Annual administration report of the Civil Veterinary Department of India - 1897-1898
Year: 1897
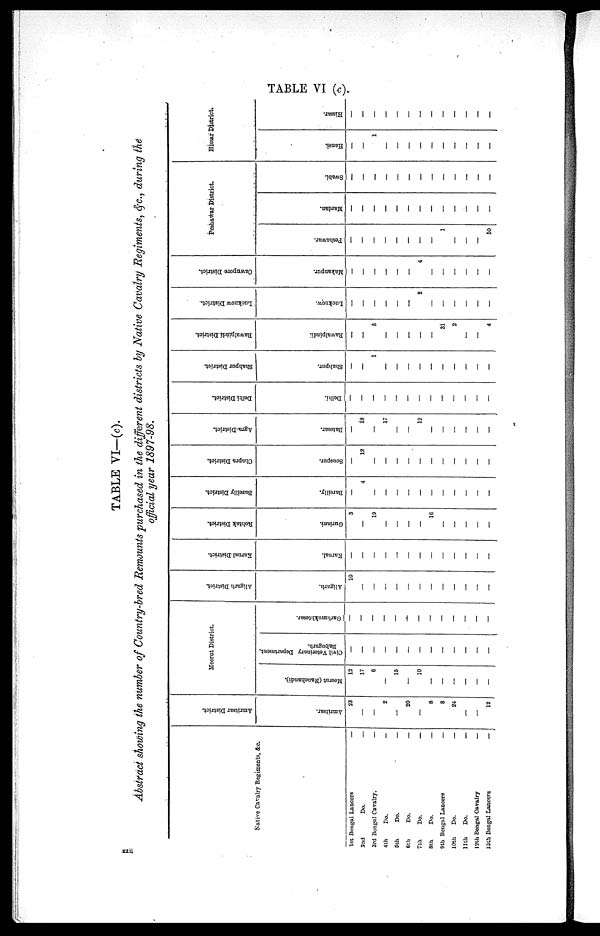
TABLE VI (c)
TABLE VI—(c).
Abstract showing the number of Country—bred Remounts purchased in the different districts by Native Cavalry Regiments, &c., during the
official year 1897—98.
Native Cavalry Regiments, &c.
1st Bengal Lancers
2nd
Do.
3rd Bengal Cavalry.
4th
Do.
5th
Do.
6th
Do.
7th
Do.
8th
Do.
9th Bengal Lancers
10th
Do.
11th
Do.
13th Bengal Cavalry
13th Bengal Lancers
—
—
—
—
—
—
—
—
—
—
—
—
—
Amritsar District.
Amritsar.
23
—
—
2
—
20
—
8
8
24
—
—
12
Meerut District.
Meerut (Nauchandi).
12
17
6
—
15
—
10
—
—
—
—
—
—
Civil Veterinary Department.
Babugarh.
—
—
—
—
—
—
—
—
—
—
—
—
—
Garhmukhtesar.
—
—
—
—
—
—
—
—
—
—
—
—
—
Aligarh District.
Aligarh.
10
—
—
—
—
—
—
—
—
—
—
—
—
Karnal District.
Karnal.
—
—
—
—
—
—
—
—
—
—
—
—
—
Rohtak District.
Guriani.
3
—
19
—
—
—
—
16
—
—
—
—
—
Bareilly District.
Bareilly.
—
4
—
—
—
—
—
—
—
—
—
—
—
Chapra District.
Sonepur.
—
12
—
—
—
—
—
—
—
—
—
—
—
Agra District.
Batesar.
—
18
—
17
—
—
12
—
—
—
—
—
—
Delhi District.
Delhi.
—
—
—
—
—
—
—
—
—
—
—
—
—
Shahpur District.
Shahpur.
—
—
1
—
—
—
—
—
—
—
—
—
—
Rawalpindi District.
Rawalpindi.
—
—
5
—
—
—
—
—
31
2
—
—
4
Lucknow District.
Lucknow.
—
—
—
—
—
—
2
—
—
—
—
—
—
Cawnpore District.
Makanpur.
—
—
—
—
—
—
4
—
—
—
—
—
—
Peshawar District.
Peshawar.
—
—
—
—
—
—
—
—
1
—
—
—
50
Mardan.
—
—
—
—
—
—
—
—
—
—
—
—
—
Swabi.
—
—
—
—
—
—
—
—
—
—
—
—
—
Hissar District.
Hansi.
—
—
1
—
—
—
—
—
—
—
—
—
—
Hissar.
—
—
—
—
—
—
—
—
—
—
—
—
—
xxii